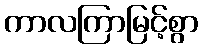
ကာလကြာမြင့်စွာ